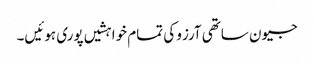
جیون ساتھی آرزو کی تمام خواہشیں پوری ہوئیں۔